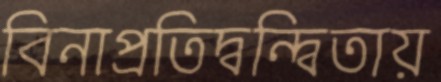
বিনাপ্রতিদ্বন্দ্বিতায়